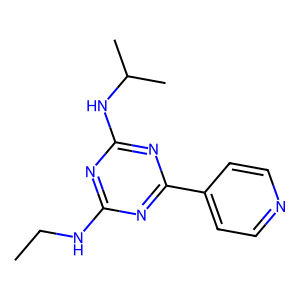
SMILES: CCNc1nc(NC(C)C)nc(-c2ccncc2)n1
Inhibits HIV replication: No